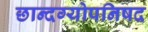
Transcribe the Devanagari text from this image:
छान्दग्योपनिषद